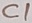
Text: C1